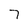
Character: 7